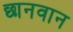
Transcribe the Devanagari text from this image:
छानवान